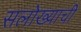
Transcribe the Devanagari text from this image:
सलोख्याची